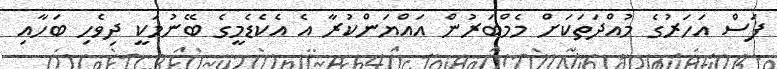
ފަސް އަހަރުގެ މުއްދަތަކަށް މެމްބަރުން އައްޔަންކުރާ އެ އެކެޑެމީގެ ބޭނުމަކީ ދިވެހި ބަހާއި